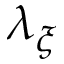
\lambda _ { \xi }